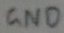
Text: GND